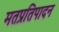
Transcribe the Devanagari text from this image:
मतप्रतिपादन